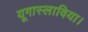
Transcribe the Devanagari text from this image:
यूगास्लाविया।